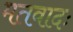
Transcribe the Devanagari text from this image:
मतवादः